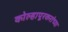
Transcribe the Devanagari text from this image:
कोल्हापूरकरांच्या